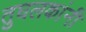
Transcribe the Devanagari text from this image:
तुघलकांनी